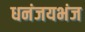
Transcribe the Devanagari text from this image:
धनंजयभंज